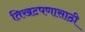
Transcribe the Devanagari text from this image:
तिखटपणासाठी